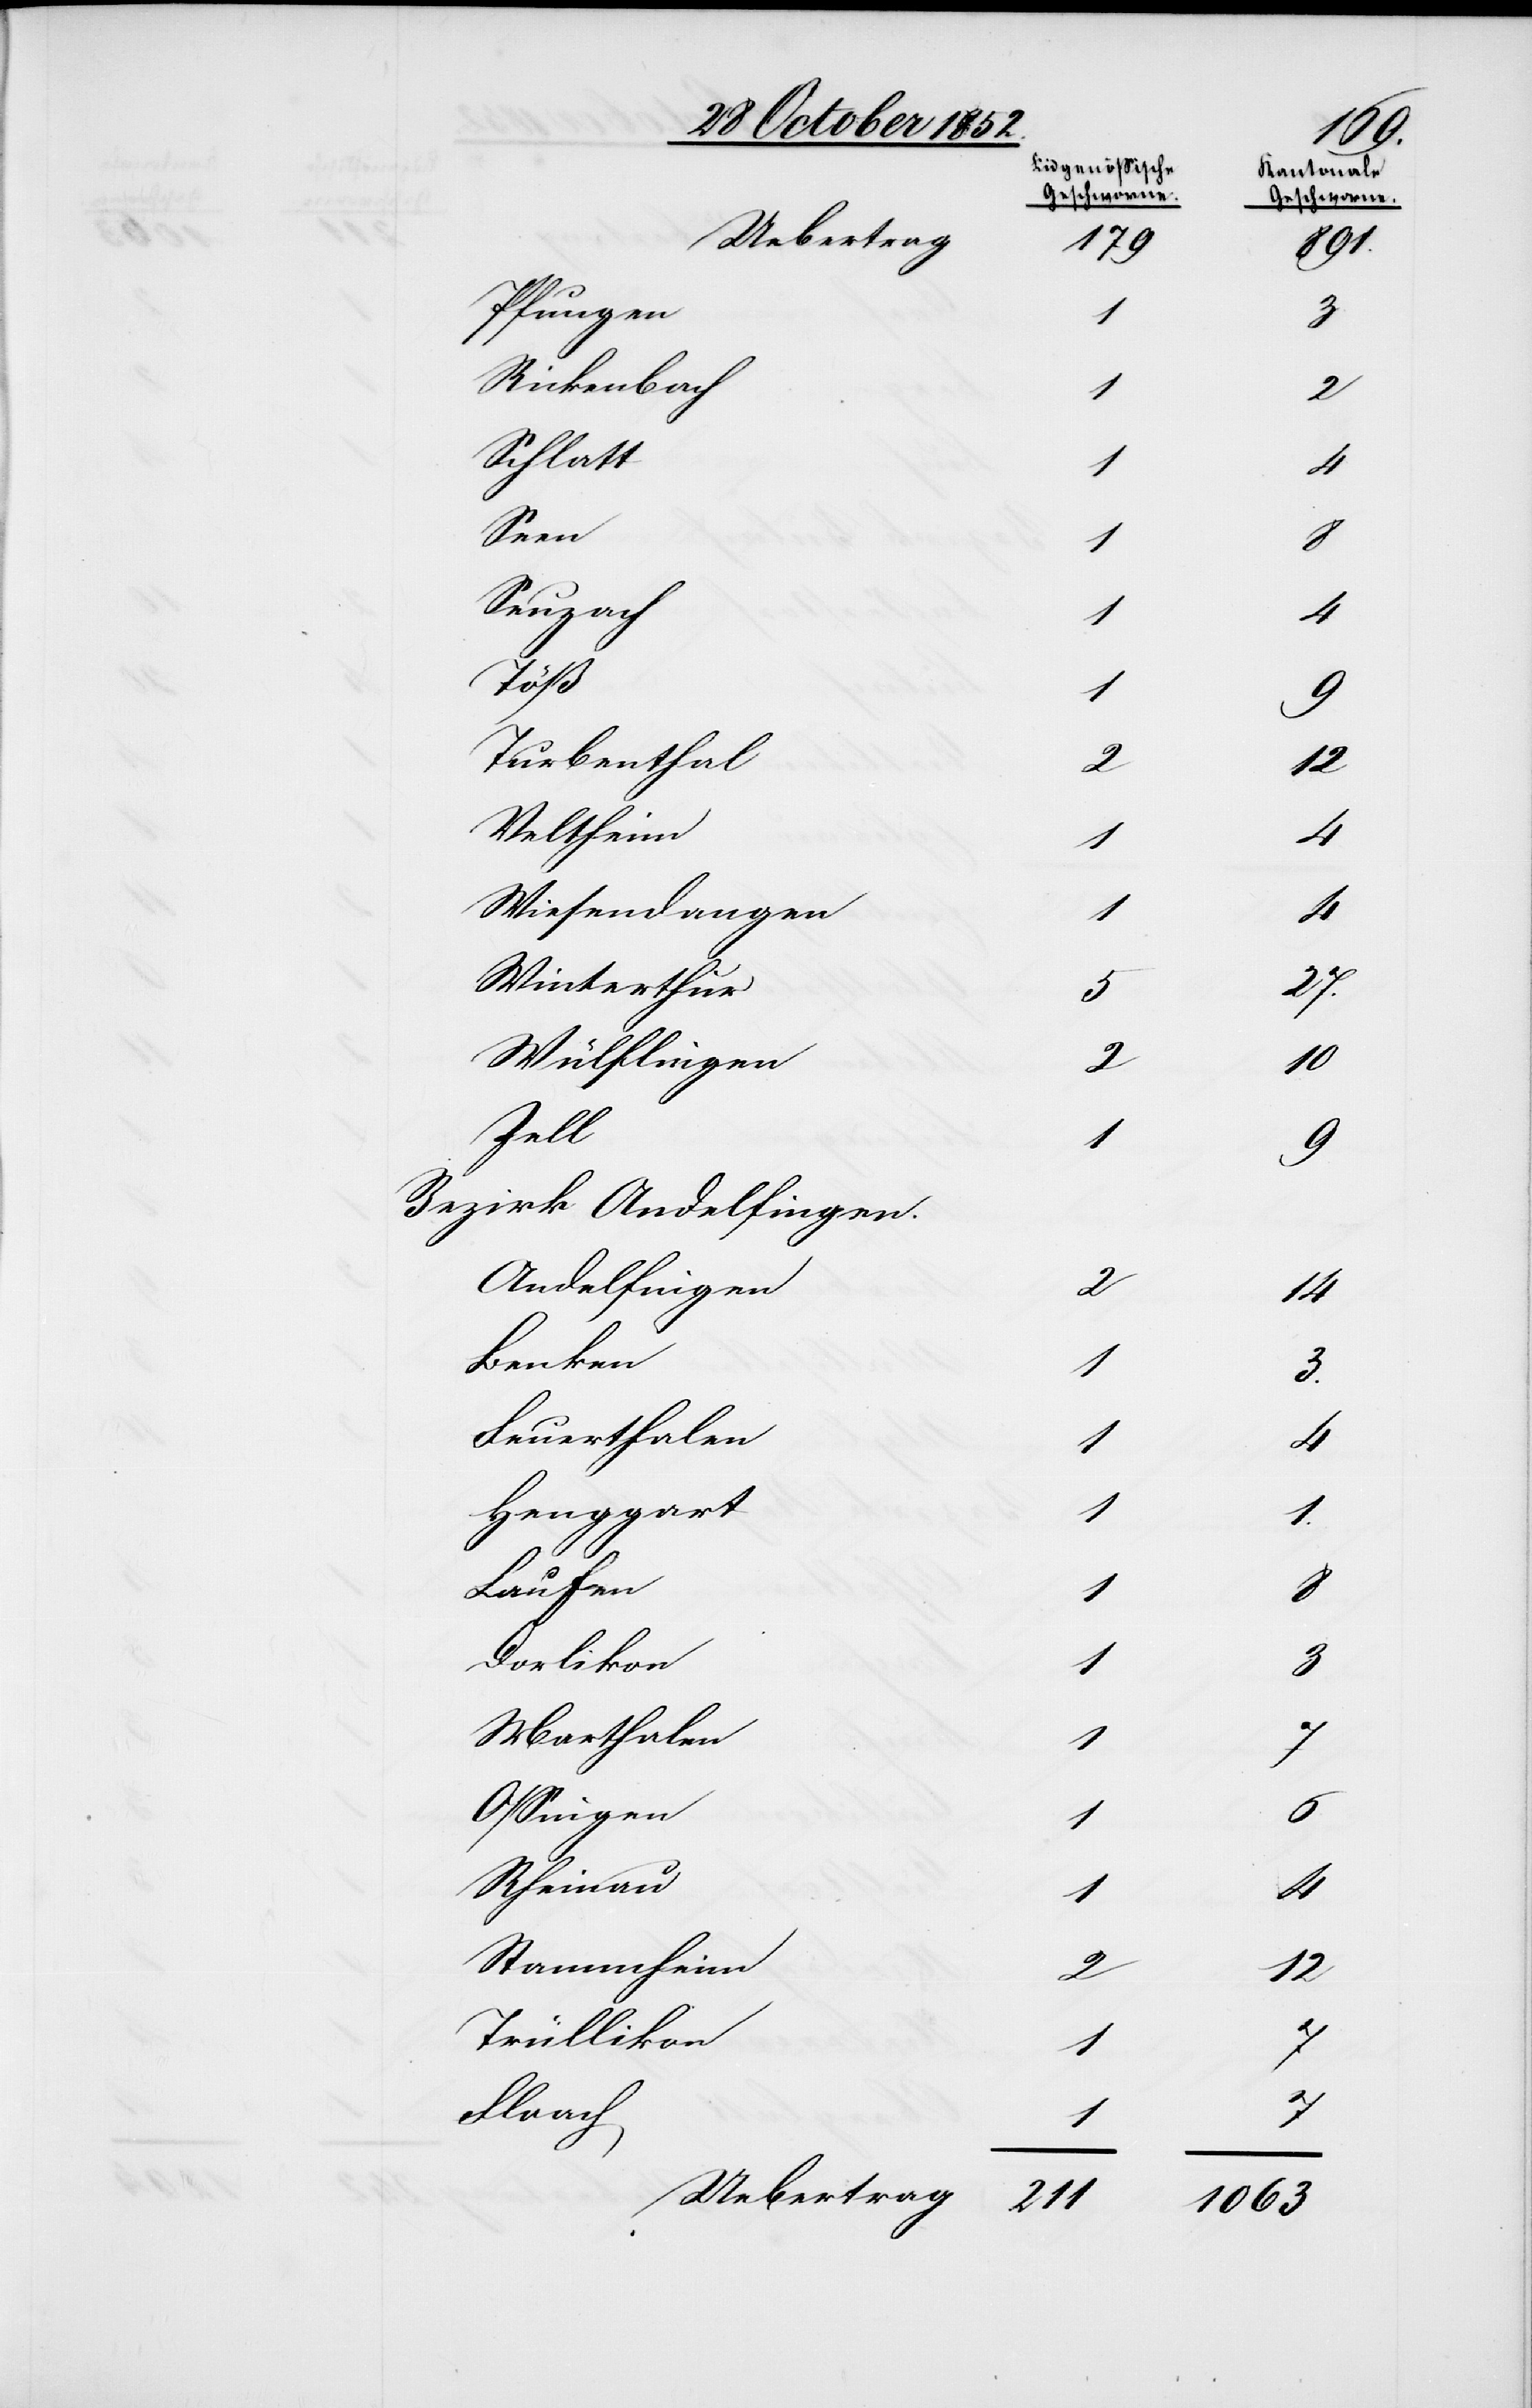
Pfungen
Rickenbach
Schlatt
Seen
Seuzach
Töß
Turbenthal
Veltheim
Wiesendangen
Winterthur
Wülflingen
Zell
Bezirk Andelfingen.
Andelfingen
Benken
Feuerthalen
Henggart
Laufen
Dorlikon
Marthalen
Ossingen
Rheinau
Stammheim
Trüllikon
Flaach
Uebertrag

Eidgenössische
Geschworne.
1
4
7
3.
1
3
27.
211

2
1063

14
Kantonale
Geschworne.
2
12